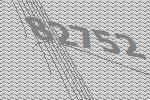
82752